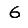
Digit: 6